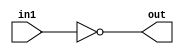
`timescale 1ns/1ps

// Module for a 32-bit NOT operation
module NOT32(input [31:0] in1, output [31:0] out);
    assign out = ~in1; // Bitwise NOT operation on in1 and assign to out.
endmodule

// Module for a 32-bit AND operation
module AND32(input [31:0] in1, input [31:0] in2, output [31:0] out);
    assign out = in1 & in2; // Bitwise AND operation between in1 and in2, result assigned to out.
endmodule

// Module for a 32-bit arithmetic right shift operation
module SHIFT_RIGHT_ARITHMETIC(input [31:0] in1, output [31:0] out);
    assign out = {1'b0, in1[31:1]}; // Arithmetic right shift on in1, result assigned to out.
endmodule

// Module for a 32-bit logical right shift operation
module SHIFT_RIGHT_LOGICAL(input [31:0] in1, output [31:0] out);
    assign out = {in1[31], in1[31:1]}; // Logical right shift on in1, result assigned to out.
endmodule

// Module for a 32-bit arithmetic left shift operation
module SHIFT_LEFT_ARITHMETIC(input [31:0] in1, output [31:0] out);
    assign out = {in1[30:0], 1'b0}; // Arithmetic left shift on in1, result assigned to out.
endmodule

// Module for a 32-bit OR operation
module OR32(input [31:0] in1, input [31:0] in2, output [31:0] out);
    assign out = in1 | in2; // Bitwise OR operation between in1 and in2, result assigned to out.
endmodule

// Module for a 32-bit XOR operation
module XOR32(input [31:0] in1, input [31:0] in2, output [31:0] out);
    assign out = in1 ^ in2; // Bitwise XOR operation between in1 and in2, result assigned to out.
endmodule

// Module for a 4-bit carry look-ahead adder
module carry_look_ahead_4(input [3:0] in1, input [3:0] in2, input cin, output [3:0] out, output cout);
    wire [3:0] prop;
    wire [3:0] gen;
    wire c0, c1, c2, c3;

    assign prop = in1 ^ in2; // Calculate propagate signals based on in1 and in2.
    assign gen = in1 & in2;  // Calculate generate signals based on in1 and in2.

    assign c0 = cin; // Set carry-in c0 to the input carry signal.

    assign c1 = gen[0] | (prop[0] & c0); // Calculate carry bit c1.
    assign c2 = gen[1] | (prop[1] & c1); // Calculate carry bit c2.
    assign c3 = gen[2] | (prop[2] & c2); // Calculate carry bit c3.
    assign out[0] = prop[0] ^ c0; // Calculate sum bit for the first bit.
    assign out[1] = prop[1] ^ c1; // Calculate sum bit for the second bit.
    assign out[2] = prop[2] ^ c2; // Calculate sum bit for the third bit.
    assign out[3] = prop[3] ^ c3; // Calculate sum bit for the fourth bit.

    assign cout = gen[3] | (prop[3] & c3); // Calculate the carry-out signal.
endmodule

// Module for an 8-bit carry look-ahead adder
module CLA_8(input [7:0] in1, input [7:0] in2, input cin, output [7:0] out, output cout);
    wire c1;
    carry_look_ahead_4 cla1(.in1(in1[3:0]), .in2(in2[3:0]), .cin(cin), .out(out[3:0]), .cout(c1)); // Instantiate the first CLA block for the lower 4 bits.
    carry_look_ahead_4 cla2(.in1(in1[7:4]), .in2(in2[7:4]), .cin(c1), .out(out[7:4]), .cout(cout)); // Instantiate the second CLA block for the upper 4 bits.
endmodule

// Module for a 32-bit adder
module ADD32(input [31:0] in1, input [31:0] in2, output [31:0] out, output cout);
    wire c1, c2, c3, cin;
    assign cin = 1'b0; // Set initial carry-in to 0.
    CLA_8 CLA1(.in1(in1[7:0]), .in2(in2[7:0]), .cin(cin), .out(out[7:0]), .cout(c1)); // Instantiate the first CLA block for the least significant 8 bits.
    CLA_8 CLA2(.in1(in1[15:8]), .in2(in2[15:8]), .cin(c1), .out(out[15:8]), .cout(c2)); // Instantiate the second CLA block for the next 8 bits.
    CLA_8 CLA3(.in1(in1[23:16]), .in2(in2[23:16]), .cin(c2), .out(out[23:16]), .cout(c3)); // Instantiate the third CLA block for the next 8 bits.
    CLA_8 CLA4(.in1(in1[31:24]), .in2(in2[31:24]), .cin(c3), .out(out[31:24]), .cout(cout)); // Instantiate the fourth CLA block for the most significant 8 bits.
endmodule

// Module for a 32-bit subtractor
module SUBTRACT32(input [31:0] in1, input [31:0] in2, output [31:0] out);
    wire [31:0] t;
    NOT32 getNot(.in1(in2), .out(t)); // Calculate the bitwise complement of in2.
    wire [31:0] t1;
    assign t1 = 1; // Set t1 to 1 for subtraction.
    wire [31:0] out1;
    ADD32 getAdd(.in1(t), .in2(t1), .out(out1)); // Add t and t1 to perform subtraction.
    ADD32 getAdd2(.in1(out1), .in2(in1), .out(out)); // Add the result of the previous addition to in1 to obtain the subtraction result.
endmodule

// Module for an Arithmetic Logic Unit (ALU)
module ALU(
    input [3:0] opcode,                    // Input: ALU operation code
    input signed [31:0] A,                // Input: Operand A (signed)
    input signed [31:0] B,                // Input: Operand B (signed)
    input shift_amount,                   // Input: Shift amount
    output signed [31:0] ALU_result       // Output: ALU result (signed)
);

    wire [31:0] outputADD;
    wire [31:0] outputSUB;
    wire [31:0] outputRSHIFT_ARITHMETIC;
    wire [31:0] outputLSHIFT_ARITHMETIC;
    wire [31:0] outputRSHIFT_LOGICAL;
    wire [31:0] outputAND;
    wire [31:0] outputOR;
    wire [31:0] outputNOT;
    wire [31:0] outputXOR;
    wire cout;
   
    NOT32 not32(.in1(A), .out(outputNOT)); // Calculate the bitwise complement of A.
    ADD32 add32(.in1(A), .in2(B), .out(outputADD), .cout(cout)); // Perform addition of A and B.
    XOR32 xor32(.in1(A), .in2(B), .out(outputXOR)); // Perform bitwise XOR of A and B.
    SHIFT_RIGHT_ARITHMETIC shiftRightA(.in1(A), .out(outputRSHIFT_ARITHMETIC)); // Perform arithmetic right shift on A.
    SHIFT_LEFT_ARITHMETIC shiftLeftA(.in1(A), .out(outputLSHIFT_ARITHMETIC)); // Perform arithmetic left shift on A.
    SHIFT_RIGHT_LOGICAL shiftRightL(.in1(A), .out(outputRSHIFT_LOGICAL)); // Perform logical right shift on A.
    AND32 and32(.in1(A), .in2(B), .out(outputAND)); // Perform bitwise AND of A and B.
    OR32 or32(.in1(A), .in2(B), .out(outputOR)); // Perform bitwise OR of A and B.
    SUBTRACT32 sub(.in1(A), .in2(B), .out(outputSUB)); // Perform subtraction of A and B.

    reg signed [31:0] result;             // Internal register for the ALU result (signed)

    always @(*)                           // Combinational logic for ALU operation
    begin
        case (opcode)
            4'b0000: begin
                result = outputADD;  // Select ADD operation result
            end
            4'b0001: begin
                result = outputSUB;  // Select SUB operation result
            end
            4'b0010: begin
                result = outputAND;  // Select AND operation result
            end
            4'b0011: begin
                result = outputOR;   // Select OR operation result
            end
            4'b0100: begin
                result = outputXOR;  // Select XOR operation result
            end
            4'b0101: begin
                result = outputNOT;  // Select NOT operation result
            end
            4'b0110: begin
                case (shift_amount)
                    1'b0: begin
                        result = A;  // Select SLA operation result (0 bits shifted)
                    end
                    1'b1: begin
                        result = outputLSHIFT_ARITHMETIC;  // Select SLA operation result (1 bit shifted)
                    end
                endcase
            end
            4'b0111: begin
                case (shift_amount)
                    1'b0: begin
                        result = A;  // Select SRA operation result (0 bits shifted)
                    end
                    1'b1: begin
                        result = outputRSHIFT_ARITHMETIC;  // Select SRA operation result (1 bit shifted)
                    end
                endcase
            end
            4'b1000: begin
                case (shift_amount)
                    1'b0: begin
                        result = A;  // Select SRL operation result (0 bits shifted)
                    end
                    1'b1: begin
                        result = outputRSHIFT_LOGICAL;  // Select SRL operation result (1 bit shifted)
                    end
                endcase
            end
        endcase
    end

    assign ALU_result = result;             // Assign the ALU result to the output port
//    assign carry_out = cout;       // Assign the carry-out signal to the output port
endmodule


module INPUT(
    input clk,             // Clock input
    input [3:0] opcode,    // ALU operation code
    input ab,              // Selects which operand (a or b) to write to
    input [7:0] inp,       // Input data
    input [1:0] seg,       // Selects the byte lane for writing data
    input out,             // Output control signal
    input button,          // Button input signal
    output reg [15:0] outp // Output result
);

reg signed [31:0] a;       // Register for operand 'a'
reg signed [31:0] b;       // Register for operand 'b'
wire signed [31:0] result; // Wire to connect to the ALU output
reg carry_out, shift_amount; // Control registers for ALU operation

// Instantiate the ALU module with relevant inputs and outputs
ALU alu(opcode, a, b, shift_amount, result);

always @(*) begin
    if (button) begin
        if (ab) begin
            // Write data to operand 'b' based on the selected byte lane
            case (seg)
                2'b00: begin
                    b[7:0] = inp;
                end
                2'b01: begin
                    b[15:8] = inp;
                end
                2'b10: begin
                    b[23:16] = inp;
                end
                2'b11: begin
                    b[31:24] = inp;
                end
            endcase
        end else begin
            // Write data to operand 'a' based on the selected byte lane
            case (seg)
                2'b00: begin
                    a[7:0] = inp;
                end
                2'b01: begin
                    a[15:8] = inp;
                end
                2'b10: begin
                    a[23:16] = inp;
                end
                2'b11: begin
                    a[31:24] = inp;
                end
            endcase
        end
    end

    if (out) begin
        // Output the upper 16 bits of the result when 'out' is high
        outp = result[31:16];
    end else begin
        // Output the lower 16 bits of the result when 'out' is low
        outp = result[15:0];
    end
end

endmodule